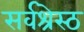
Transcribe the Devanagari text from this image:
सर्वश्रेस्ठ